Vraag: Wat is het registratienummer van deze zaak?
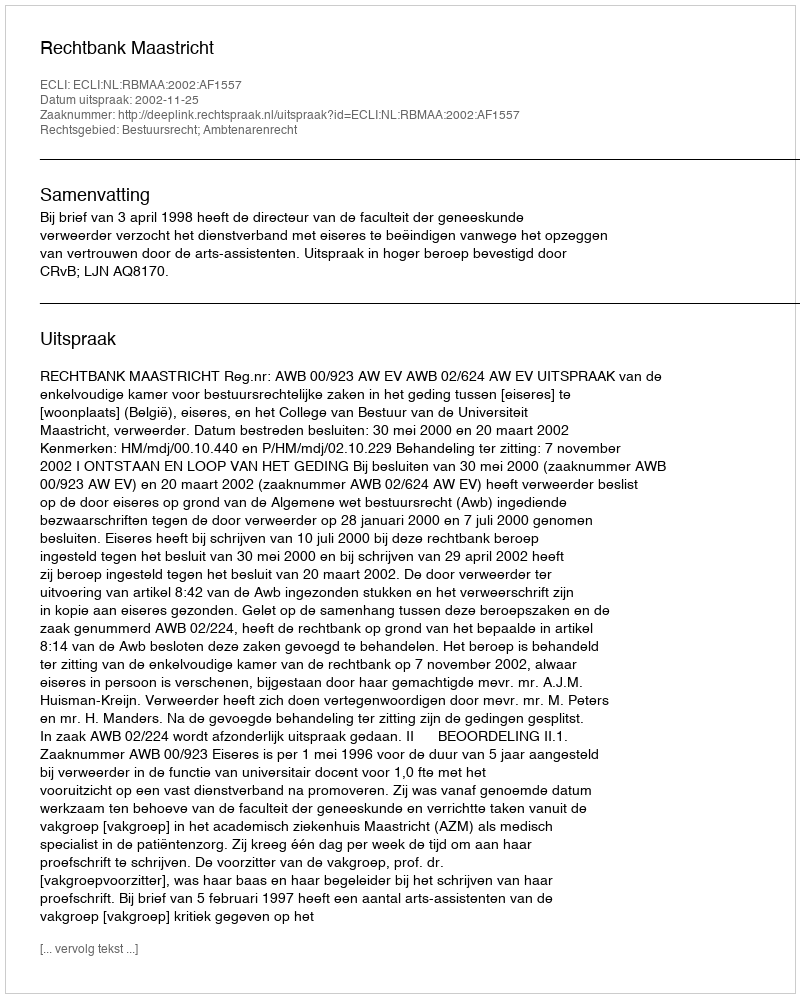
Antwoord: http://deeplink.rechtspraak.nl/uitspraak?id=ECLI:NL:RBMAA:2002:AF1557